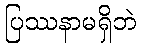
ပြဿနာမရှိဘဲ